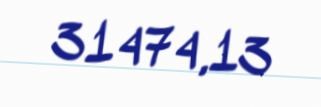
31474,13